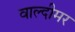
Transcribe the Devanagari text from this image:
वाल्दीमर